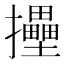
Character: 𢹮